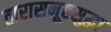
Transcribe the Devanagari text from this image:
तारासमूहसुद्धा